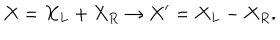
LaTeX: X = X _ { L } + X _ { R } \rightarrow X ^ { \prime } = X _ { L } - X _ { R } .